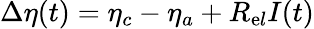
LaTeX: \Delta{\eta}(t)={\eta}_{c}-{\eta}_{a}+{R}_{\mathrm{e}l}I(t)